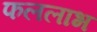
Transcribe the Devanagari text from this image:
फललाभ